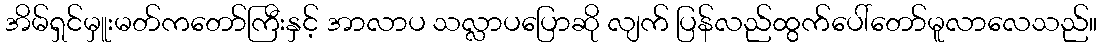
အိမ်ရှင်မှူးမတ်ကတော်ကြီးနှင့် အာလာပ သလ္လာပပြောဆို လျက် ပြန်လည်ထွက်ပေါ်တော်မူလာလေသည်။